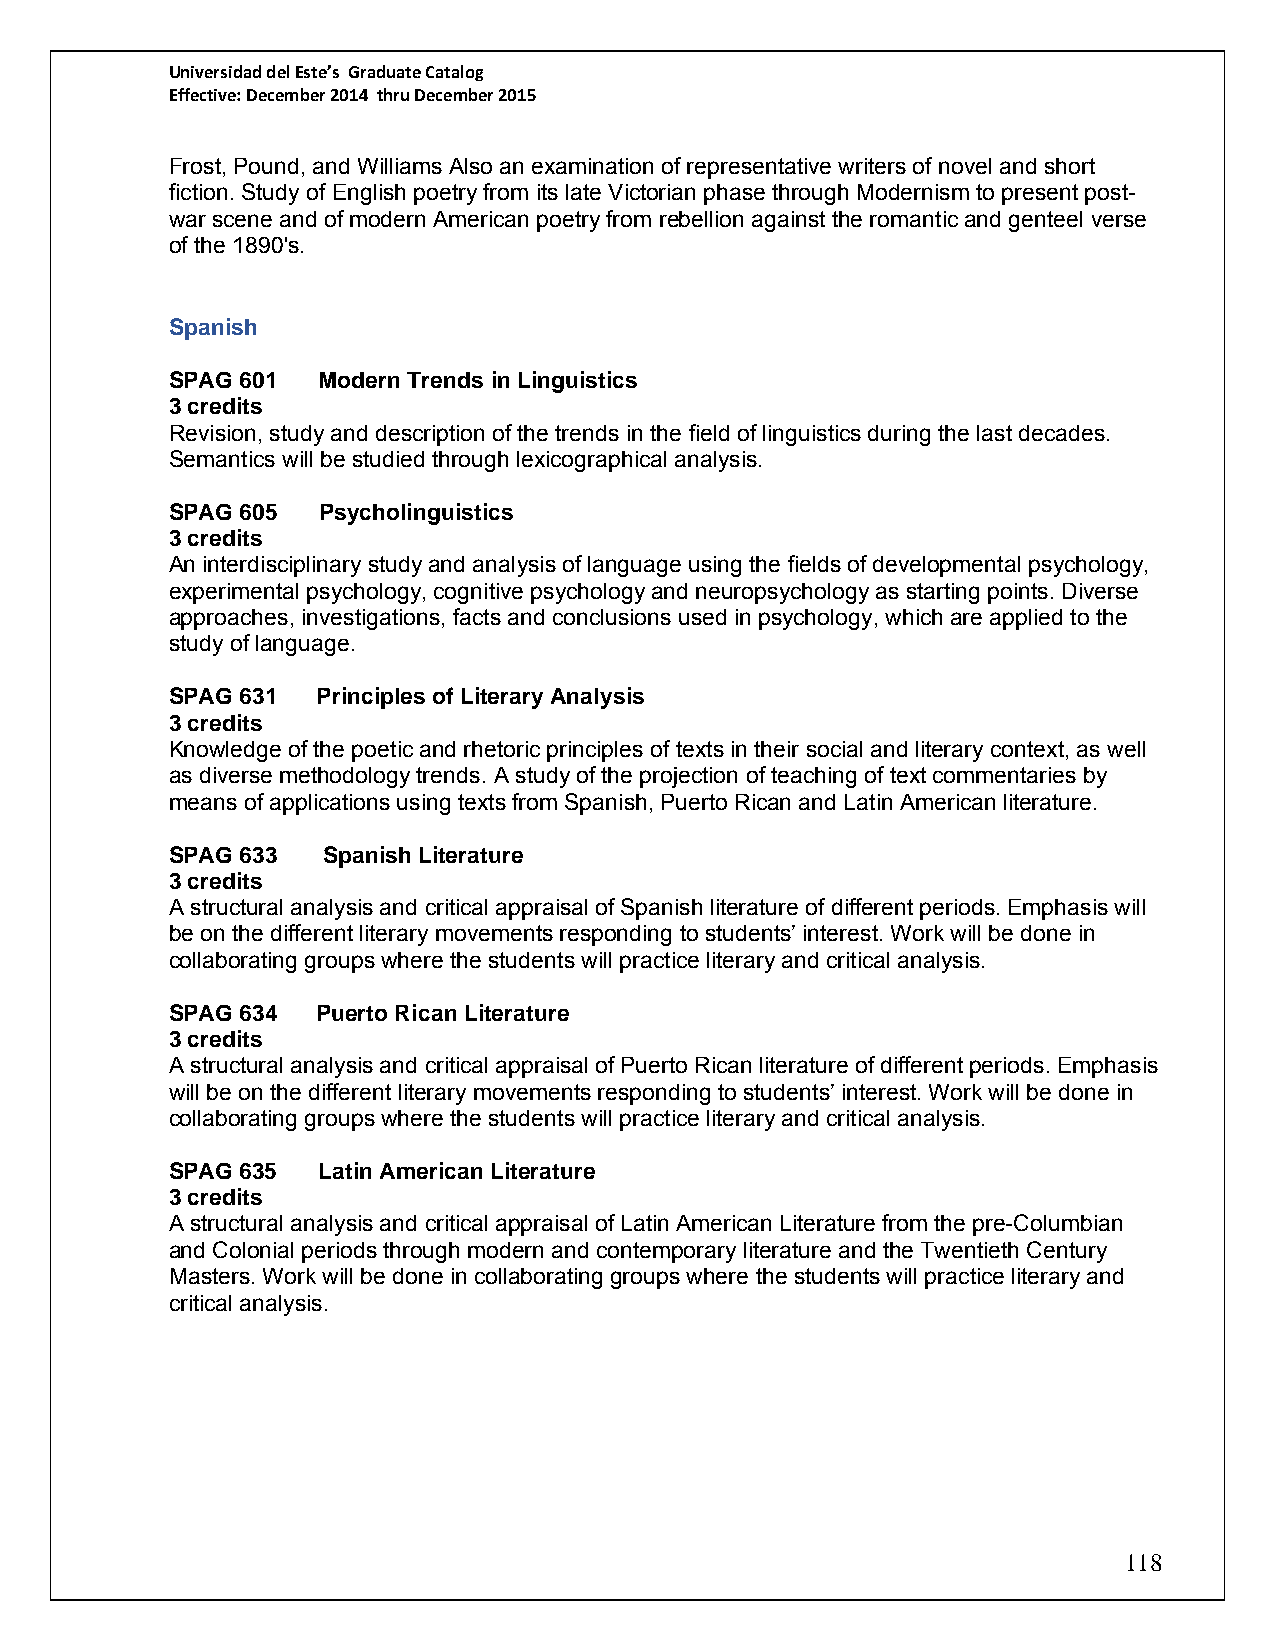
Universidad del Este’s Graduate Catalog
 Effective: December 2014 thru December 2015
 Frost, Pound, and Williams Also an examination of representative writers of novel and short
 fiction. Study of English poetry from its late Victorian phase through Modernism to present post-
 war scene and of modern American poetry from rebellion against the romantic and genteel verse
 of the 1890's.
 Spanish
 SPAG 601  Modern Trends in Linguistics
 3 credits
 Revision, study and description of the trends in the field of linguistics during the last decades.
 Semantics will be studied through lexicographical analysis.
 SPAG 605  Psycholinguistics
 3 credits
 An interdisciplinary study and analysis of language using the fields of developmental psychology,
 experimental psychology, cognitive psychology and neuropsychology as starting points. Diverse
 approaches, investigations, facts and conclusions used in psychology, which are applied to the
 study of language.
 SPAG 631  Principles of Literary Analysis
 3 credits
 Knowledge of the poetic and rhetoric principles of texts in their social and literary context, as well
 as diverse methodology trends. A study of the projection of teaching of text commentaries by
 means of applications using texts from Spanish, Puerto Rican and Latin American literature.
 SPAG 633  Spanish Literature
 3 credits
 A structural analysis and critical appraisal of Spanish literature of different periods. Emphasis will
 be on the different literary movements responding to students’ interest. Work will be done in
 collaborating groups where the students will practice literary and critical analysis.
 SPAG 634  Puerto Rican Literature
 3 credits
 A structural analysis and critical appraisal of Puerto Rican literature of different periods. Emphasis
 will be on the different literary movements responding to students’ interest. Work will be done in
 collaborating groups where the students will practice literary and critical analysis.
 SPAG 635  Latin American Literature
 3 credits
 A structural analysis and critical appraisal of Latin American Literature from the pre-Columbian
 and Colonial periods through modern and contemporary literature and the Twentieth Century
 Masters. Work will be done in collaborating groups where the students will practice literary and
 critical analysis.
 118